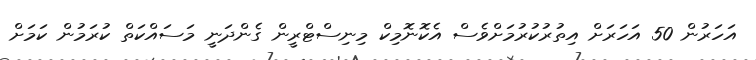
އަހަރުން 50 އަހަރަށް އިތުރުކުރުމަށްވެސް އެކޮނޮމިކް މިނިސްޓްރީން ގެންދަނީ މަސައްކަތް ކުރަމުން ކަމަށް